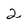
Character: 2